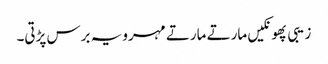
زیبی پھونکیں مارتے مارتے مہرو یہ برس پڑتی۔